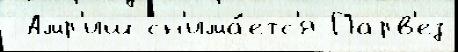
 Амр'иш сн'има́етс'я Парв'ез